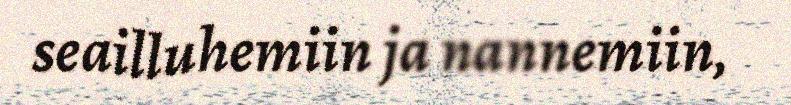
seailluhemiin ja nannemiin,